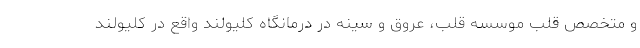
و متخصص قلب موسسه قلب، عروق و سینه در درمانگاه کلیولند واقع در کلیولند